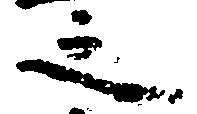
之